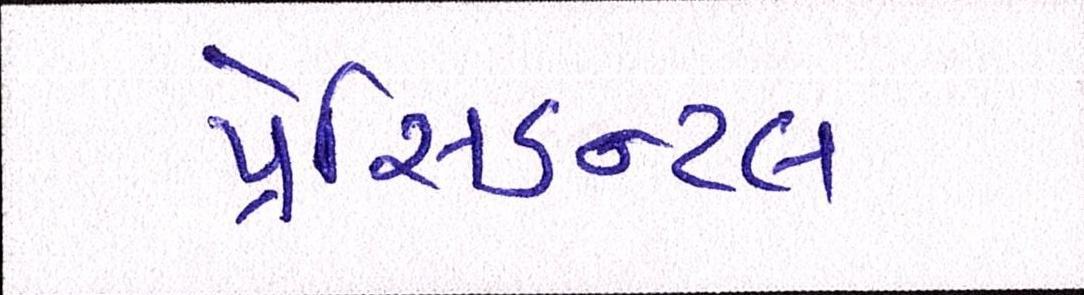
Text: પ્રેસિડન્ટલ